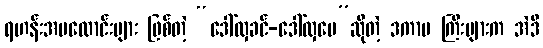
ရဟန်းအမလောင်းများ ဖြစ်တဲ့ “ဒေါ်လှခင်-ဒေါ်လှမေ”ဆိုတဲ့ ဒကာမ ကြီးများက အဲဒီ